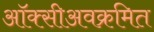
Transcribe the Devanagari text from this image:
ऑक्सीअवक्रमित